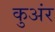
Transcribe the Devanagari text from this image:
कुअंर